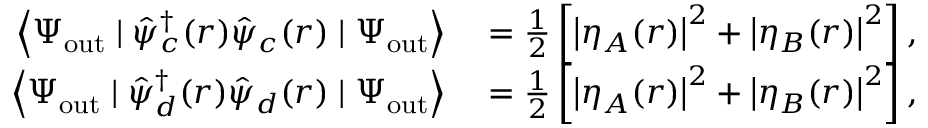
\begin{array} { r l } { \left\langle \Psi _ { \mathrm { o u t } } \mid \hat { \psi } _ { c } ^ { \dagger } ( \boldsymbol { r } ) \hat { \psi } _ { c } ( \boldsymbol { r } ) \mid \Psi _ { \mathrm { o u t } } \right\rangle } & { { } = \frac { 1 } { 2 } \left[ \left| \eta _ { A } ( \boldsymbol { r } ) \right| ^ { 2 } + \left| \eta _ { B } ( \boldsymbol { r } ) \right| ^ { 2 } \right] , } \\ { \left\langle \Psi _ { \mathrm { o u t } } \mid \hat { \psi } _ { d } ^ { \dagger } ( \boldsymbol { r } ) \hat { \psi } _ { d } ( \boldsymbol { r } ) \mid \Psi _ { \mathrm { o u t } } \right\rangle } & { { } = \frac { 1 } { 2 } \left[ \left| \eta _ { A } ( \boldsymbol { r } ) \right| ^ { 2 } + \left| \eta _ { B } ( \boldsymbol { r } ) \right| ^ { 2 } \right] , } \end{array}